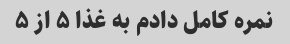
نمره کامل دادم به غذا ۵ از ۵